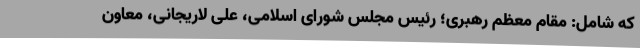
که شامل: مقام معظم رهبری؛ رئیس مجلس شورای اسلامی، علی لاریجانی، معاون